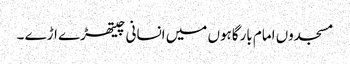
مسجدوں امام بارگاہوں میں انسانی چیتھڑے اڑے ۔